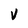
Character: V